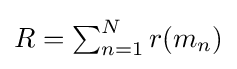
{\textstyle R=\sum _{n=1}^{N}r(m_{n})}